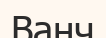
Ванч